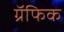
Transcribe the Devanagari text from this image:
ग्रॅफिक